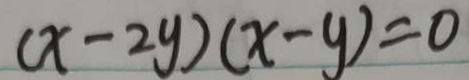
( x - 2 y ) ( x - y ) = 0